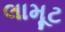
લામૂટ